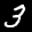
Label: 3